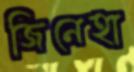
জিনেহা